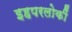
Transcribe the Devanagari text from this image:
इहपरलोकीं